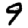
Digit: 9